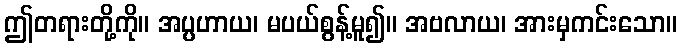
ဤတရားတို့ကို။ အပ္ပဟာယ၊ မပယ်စွန့်မူ၍။ အဗလာယ၊ အားမှကင်းသော။